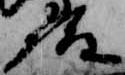
殿